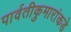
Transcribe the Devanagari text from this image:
पार्वतीकुमारांकडे